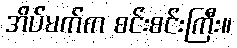
အိပ်မက်က စင်းစင်းကြီး။